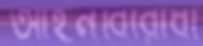
আইনবিরোধী